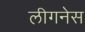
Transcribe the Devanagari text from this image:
लीगनेस